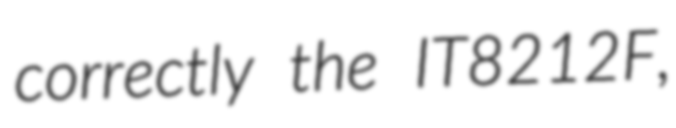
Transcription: correctly the IT8212F,